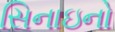
સિનાઇનો